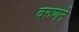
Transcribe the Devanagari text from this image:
वरुणने